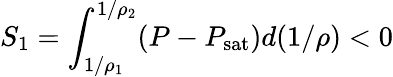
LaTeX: S_{1}=\int_{1/\rho_{1}}^{1/\rho_{2}}(P-P_{\mathrm{sat}})d(1/\rho)<0